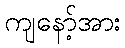
ကျနော့်အား